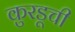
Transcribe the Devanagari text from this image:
कुरडूची